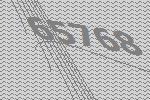
65768